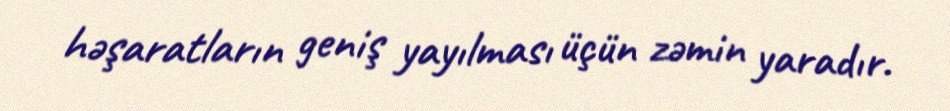
həşaratların geniş yayılması üçün zəmin yaradır.